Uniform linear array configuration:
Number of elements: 24
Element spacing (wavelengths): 1
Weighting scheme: exponential
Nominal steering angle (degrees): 15
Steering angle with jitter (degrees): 16.581
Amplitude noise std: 0.05
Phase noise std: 0.05

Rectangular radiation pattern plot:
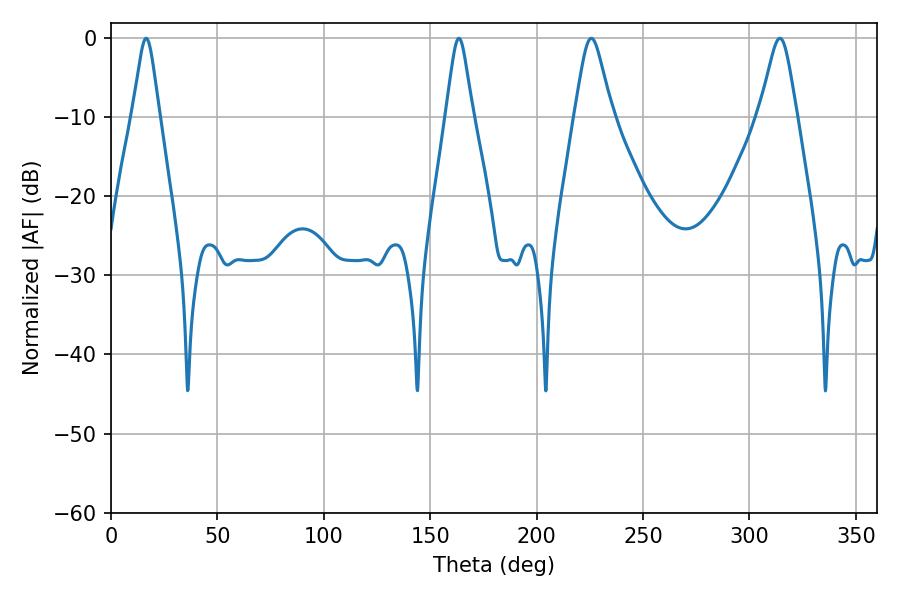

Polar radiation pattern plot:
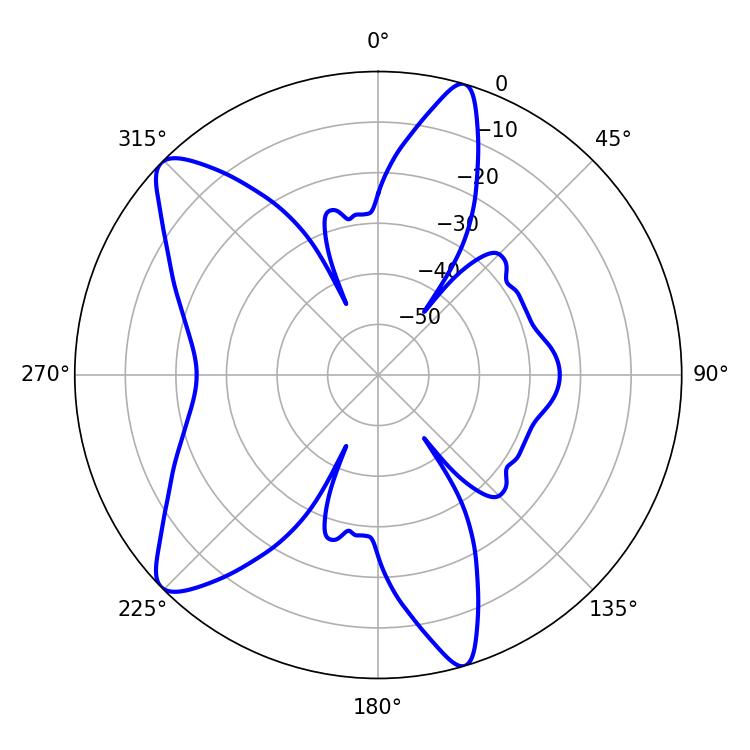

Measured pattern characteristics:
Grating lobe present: TRUE
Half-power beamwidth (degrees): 8.28
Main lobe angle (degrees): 314.28